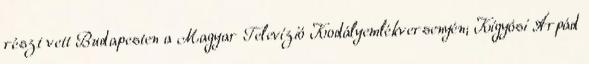
részt vett Budapesten a Magyar Televízió Kodályemlékversenyén; Kígyósi Árpád